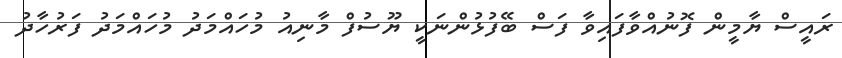
ރައީސް ޔާމީން ފޮނުއްވާފައިވާ ފަސް ބޭފުޅުންނަކީ ޔޫސުފް މާނިއު މުހައްމަދު މުހައްމަދު ފަރުހާދު